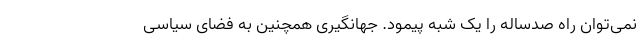
نمی‌توان راه صدساله را یک شبه پیمود. جهانگیری همچنین به فضای سیاسی